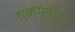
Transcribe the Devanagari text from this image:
शुकमुनींनी